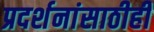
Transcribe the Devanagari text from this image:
प्रदर्शनांसाठीही